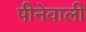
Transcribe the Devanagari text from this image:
पीनेवाली